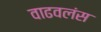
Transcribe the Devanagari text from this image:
वाढवलंस